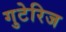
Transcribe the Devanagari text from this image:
गुटेरिज